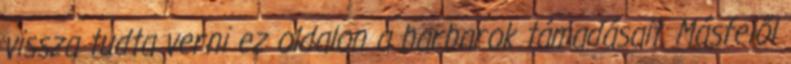
vissza tudta verni ez oldalon a barbarok támadásait. Másfelől